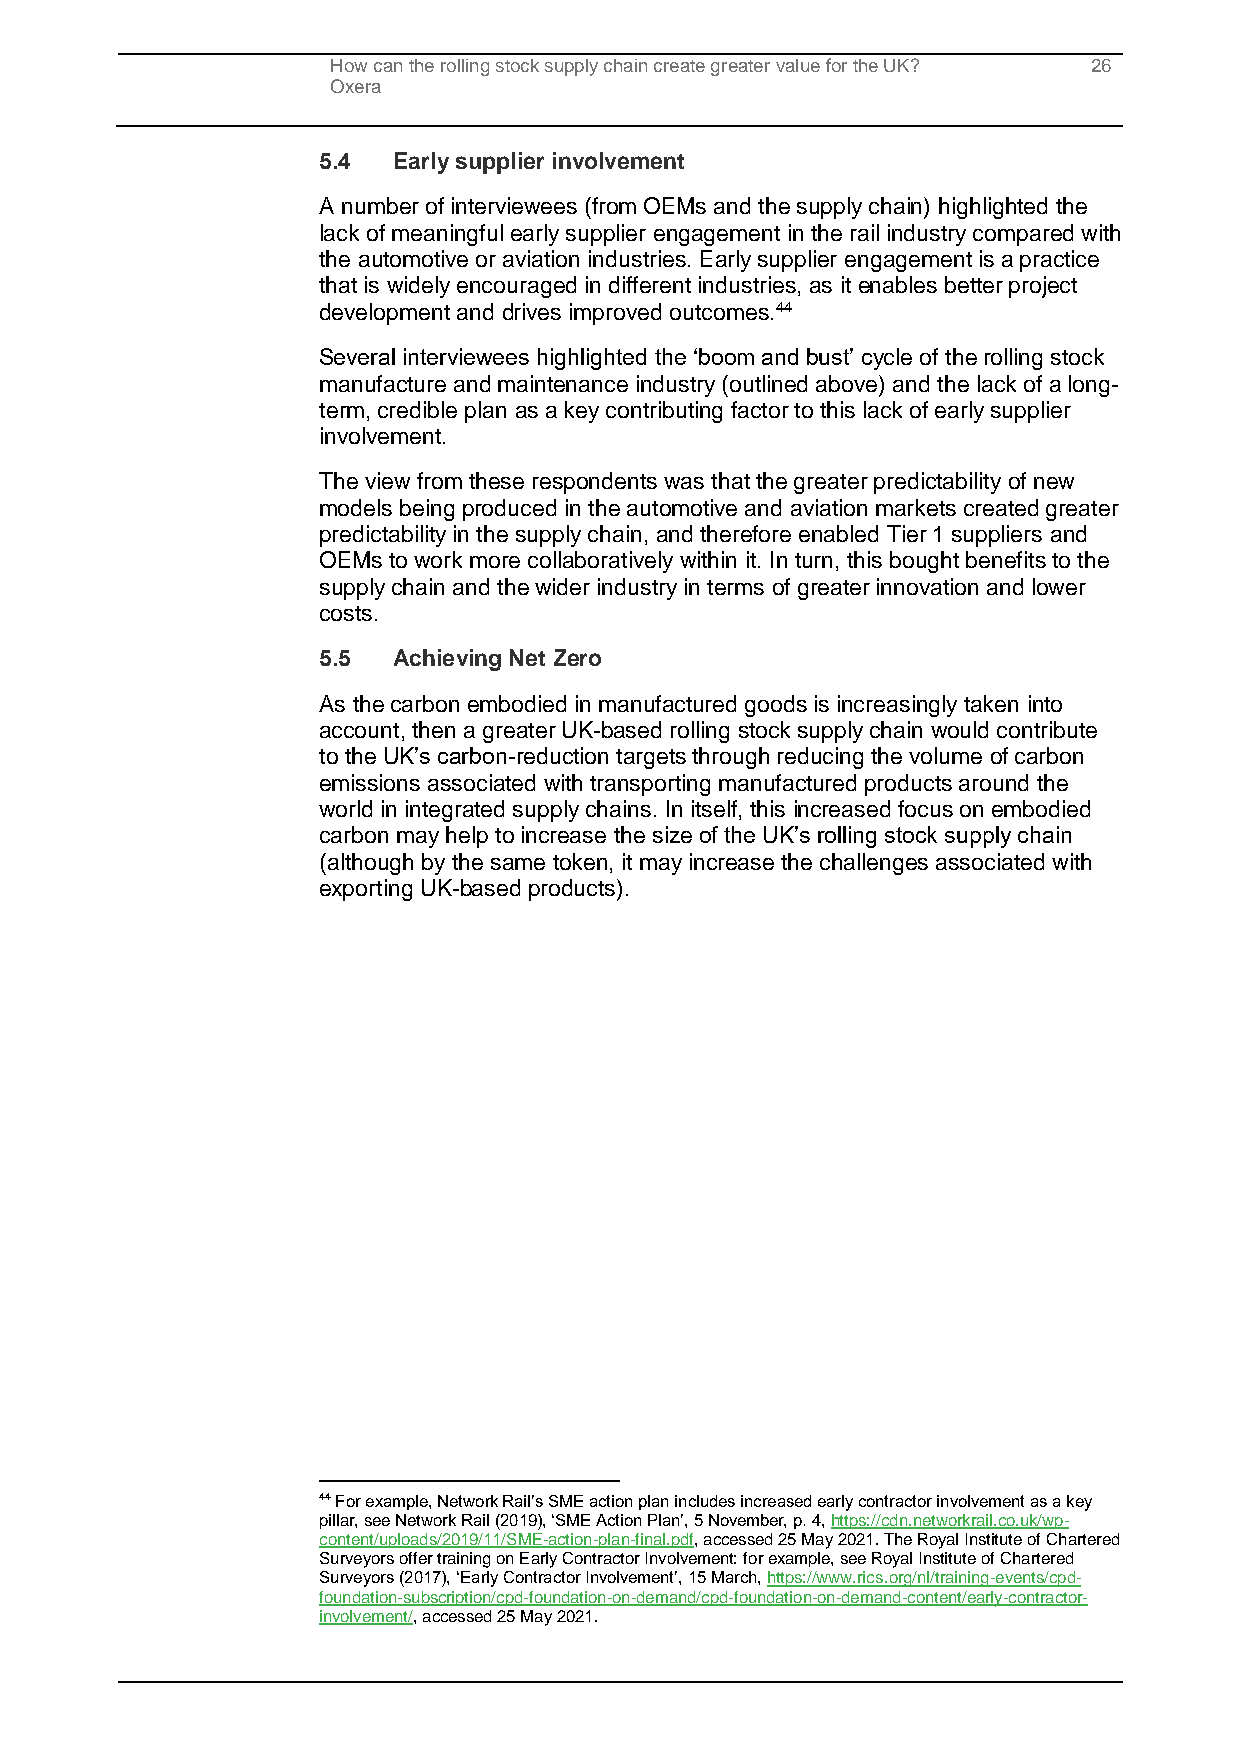
How can the rolling stock supply chain create greater value for the UK? 26
 Oxera
 5.4  Early supplier involvement
 A number of interviewees (from OEMs and the supply chain) highlighted the
 lack of meaningful early supplier engagement in the rail industry compared with
 the automotive or aviation industries. Early supplier engagement is a practice
 that is widely encouraged in different industries, as it enables better project
 development and drives improved outcomes.44
 Several interviewees highlighted the ‘boom and bust’ cycle of the rolling stock
 manufacture and maintenance industry (outlined above) and the lack of a long-
 term, credible plan as a key contributing factor to this lack of early supplier
 involvement.
 The view from these respondents was that the greater predictability of new
 models being produced in the automotive and aviation markets created greater
 predictability in the supply chain, and therefore enabled Tier 1 suppliers and
 OEMs to work more collaboratively within it. In turn, this bought benefits to the
 supply chain and the wider industry in terms of greater innovation and lower
 costs.
 5.5  Achieving Net Zero
 As the carbon embodied in manufactured goods is increasingly taken into
 account, then a greater UK-based rolling stock supply chain would contribute
 to the UK’s carbon-reduction targets through reducing the volume of carbon
 emissions associated with transporting manufactured products around the
 world in integrated supply chains. In itself, this increased focus on embodied
 carbon may help to increase the size of the UK’s rolling stock supply chain
 (although by the same token, it may increase the challenges associated with
 exporting UK-based products).
 44 For example, Network Rail’s SME action plan includes increased early contractor involvement as a key
 pillar, see Network Rail (2019), ‘SME Action Plan’, 5 November, p. 4, https://cdn.networkrail.co.uk/wp-
 content/uploads/2019/11/SME-action-plan-final.pdf, accessed 25 May 2021. The Royal Institute of Chartered
 Surveyors offer training on Early Contractor Involvement: for example, see Royal Institute of Chartered
 Surveyors (2017), ‘Early Contractor Involvement’, 15 March, https://www.rics.org/nl/training-events/cpd-
 foundation-subscription/cpd-foundation-on-demand/cpd-foundation-on-demand-content/early-contractor-
 involvement/, accessed 25 May 2021.